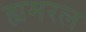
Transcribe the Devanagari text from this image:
ह्यमरल